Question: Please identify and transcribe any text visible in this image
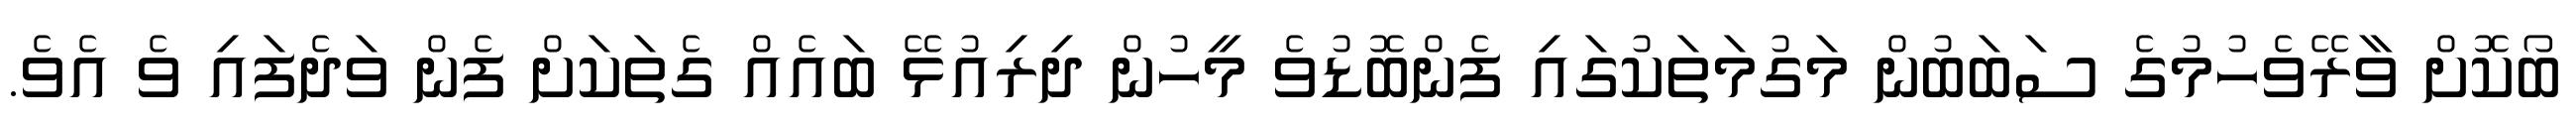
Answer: ބޯކޮށް ވާރޭވެހުމުގެ ސަބަބުން މަގުމަތަކުގައި ފެންބޮޑުވެ މީހުން ދިރިއުޅޭ ބައެއް ގެތަކަށް ފެން ވަދެފައި ވެ އެވެ.